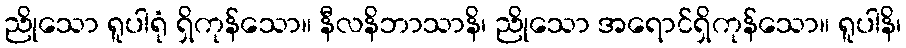
ညိုသော ရူပါရုံ ရှိကုန်သော။ နီလနိဘာသာနိ၊ ညိုသော အရောင်ရှိကုန်သော။ ရူပါနိ၊